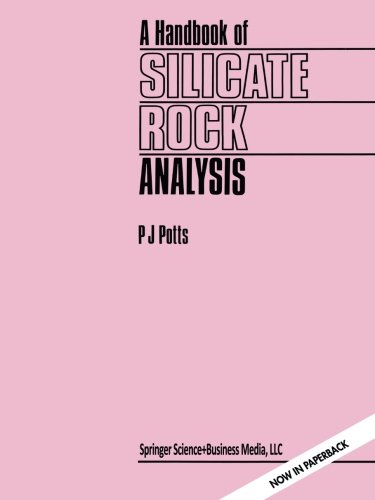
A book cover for A Handbook of Silicate Rock Analysis; P.J. Potts; Science & Math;